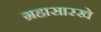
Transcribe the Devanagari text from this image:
ग्रहासारखे